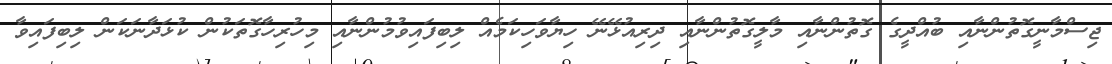
ޖިސްމާނީގޮތުންނާއި ބުއްދީގެ ގޮތުންނާއި މާލީގޮތުންނާއި ދިރިއުޅޭނޭ ހިޔާވަހިކަމެއް ލިބިފައިވުމުންނާއި މިހުރިހާގޮތަކުން ކުޅަދާނަކަން ލިބިފައިވާ